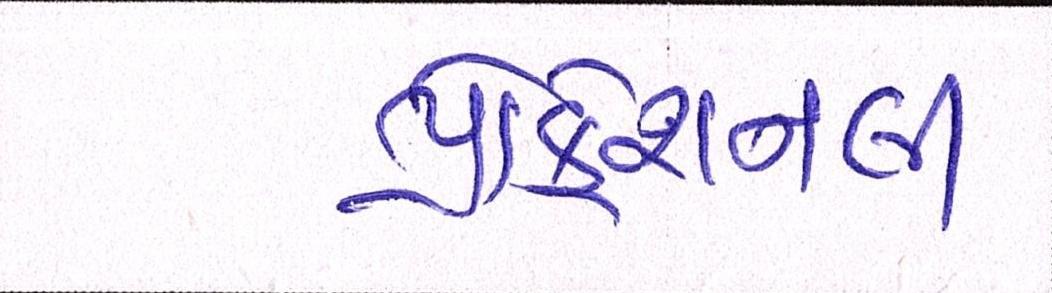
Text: પ્રોફેશનલી